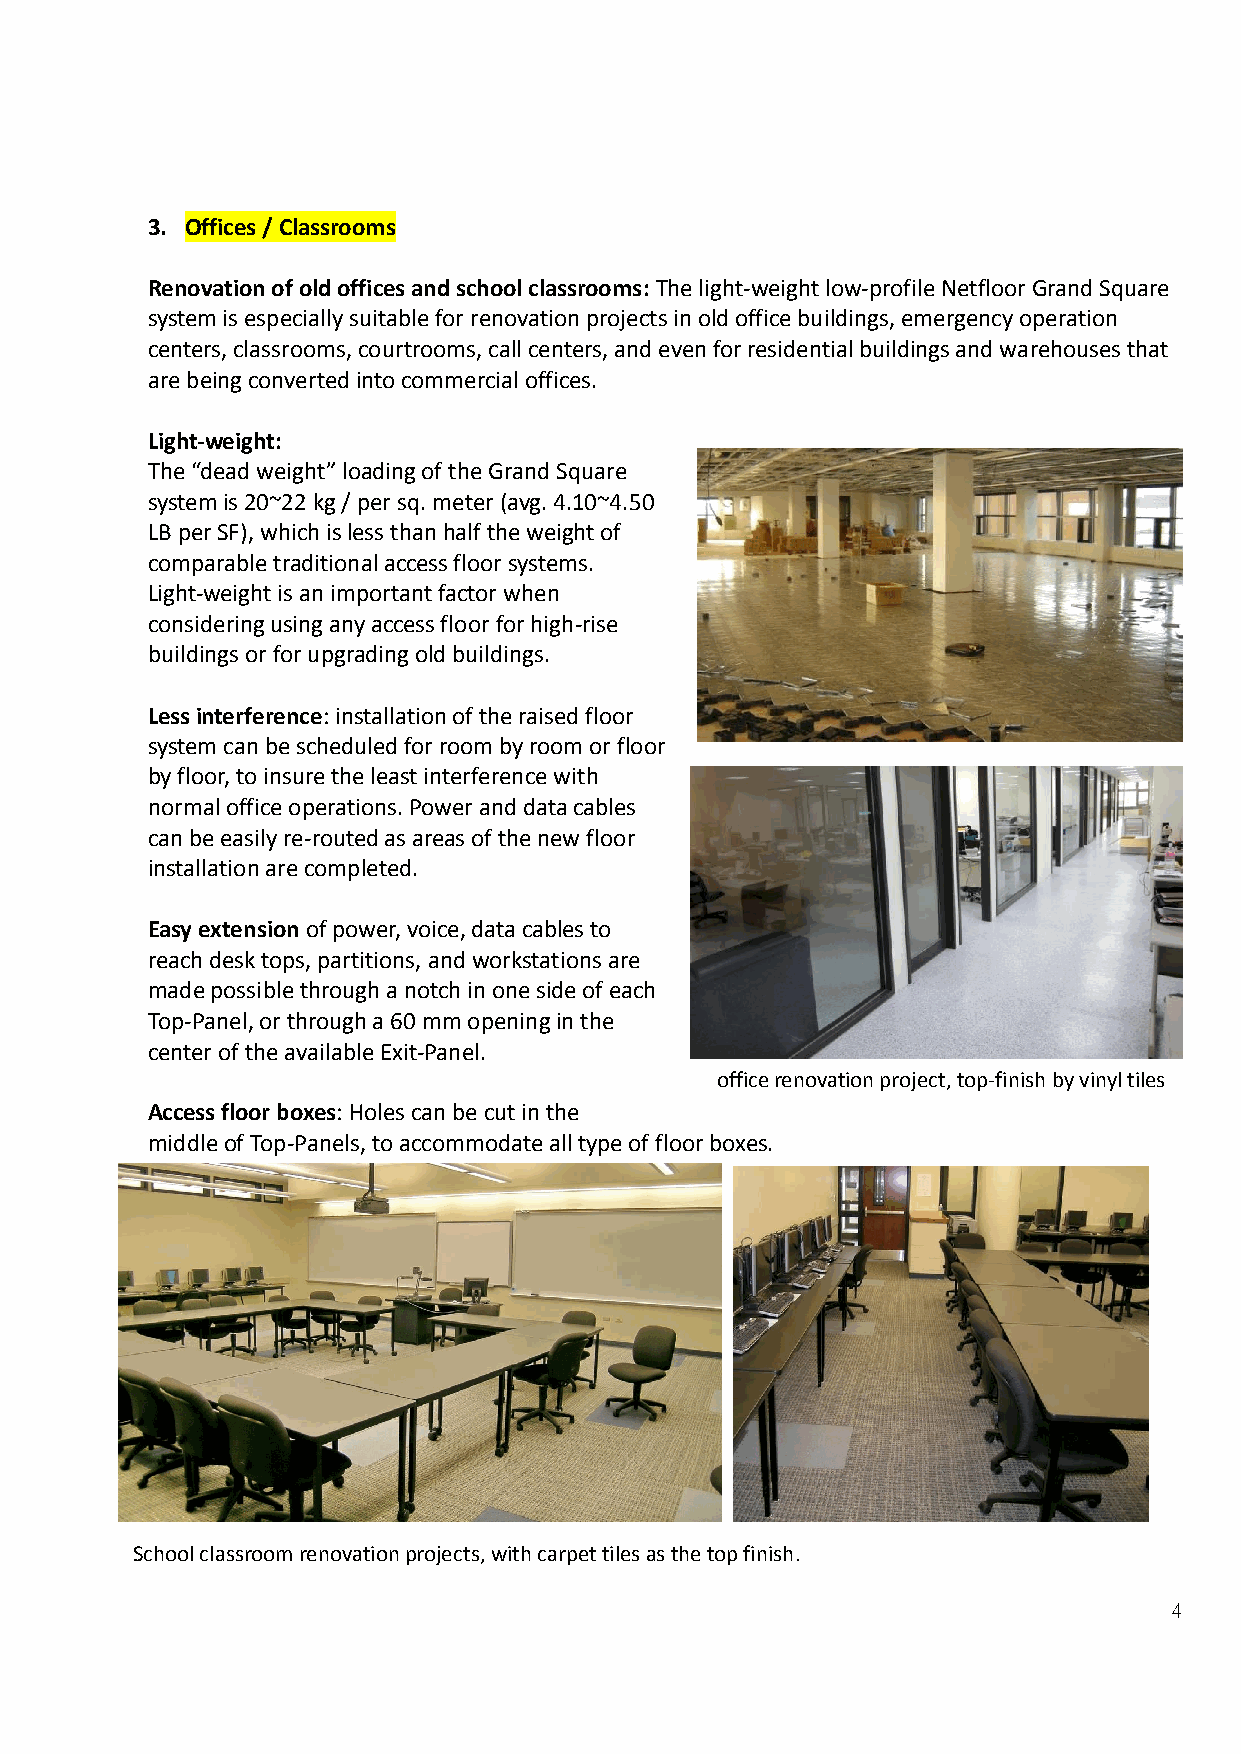
3. Offices / Classrooms
 Renovation of old offices and school classrooms: The light-weight low-profile Netfloor Grand Square
 system is especially suitable for renovation projects in old office buildings, emergency operation
 centers, classrooms, courtrooms, call centers, and even for residential buildings and warehouses that
 are being converted into commercial offices.
 Light-weight:
 The “dead weight” loading of the Grand Square
 system is 20~22 kg / per sq. meter (avg. 4.10~4.50
 LB per SF), which is less than half the weight of
 comparable traditional access floor systems.
 Light-weight is an important factor when
 considering using any access floor for high-rise
 buildings or for upgrading old buildings.
 Less interference: installation of the raised floor
 system can be scheduled for room by room or floor
 by floor, to insure the least interference with
 normal office operations. Power and data cables
 can be easily re-routed as areas of the new floor
 installation are completed.
 Easy extension of power, voice, data cables to
 reach desk tops, partitions, and workstations are
 made possible through a notch in one side of each
 Top-Panel, or through a 60 mm opening in the
 center of the available Exit-Panel.
 office renovation project, top-finish by vinyl tiles
 Access floor boxes: Holes can be cut in the
 middle of Top-Panels, to accommodate all type of floor boxes.
 School classroom renovation projects, with carpet tiles as the top finish.
 4